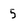
Character: 5